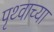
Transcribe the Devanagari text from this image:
पृथ्वाच्या